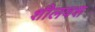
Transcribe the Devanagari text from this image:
शीलवश